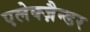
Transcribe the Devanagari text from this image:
एलेक्ज़ैन्डर